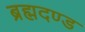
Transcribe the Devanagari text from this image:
ब्रह्मदण्ड